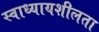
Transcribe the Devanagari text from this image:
स्वाध्यायशीलता